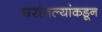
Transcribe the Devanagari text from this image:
घरांतल्यांकडून